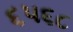
૬૫૬૮